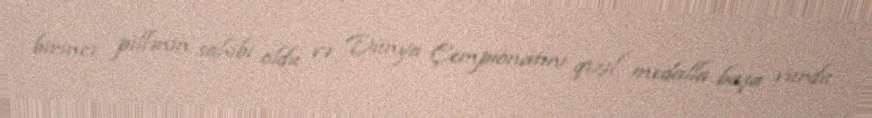
birinci pillənin sahibi oldu və Dünya Çempionatını qızıl medalla başa vurdu.